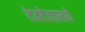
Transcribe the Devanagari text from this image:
देवदेवालये